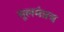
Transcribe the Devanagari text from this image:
मूलमंत्रच